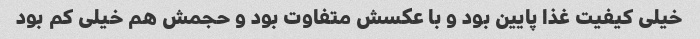
خیلی کیفیت غذا پایین بود و با عکسش متفاوت بود و حجمش هم خیلی کم بود